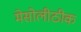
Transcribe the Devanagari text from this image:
मेसोलीठीक